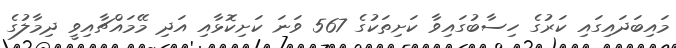
މައިބަދައިގައި ކަރުގެ ހިސާބުގައިވާ ކަށިތަކުގެ 567 ވަނަ ކަށިކޮޅާއި އަދި މޭމައްޗާއިވީ ދިމާލުގެ